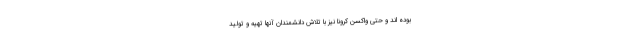
بوده اند و حتی واکسن کرونا نیز با تلاش دانشمندان آنها تهیه و تولید